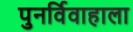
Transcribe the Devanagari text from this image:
पुनर्विवाहाला